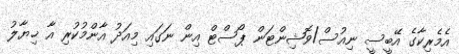
އެމެރިކާގެ އޭބީސީ ނިއުސް/ވޮޝިންޓަން ޕޯސްޓް އިން ނަގައި މިއަދު އާންމުކުރި އާ ޚިޔާލު